Annual administration report of the Civil Veterinary Department of India - 1895-1896
Year: 1895
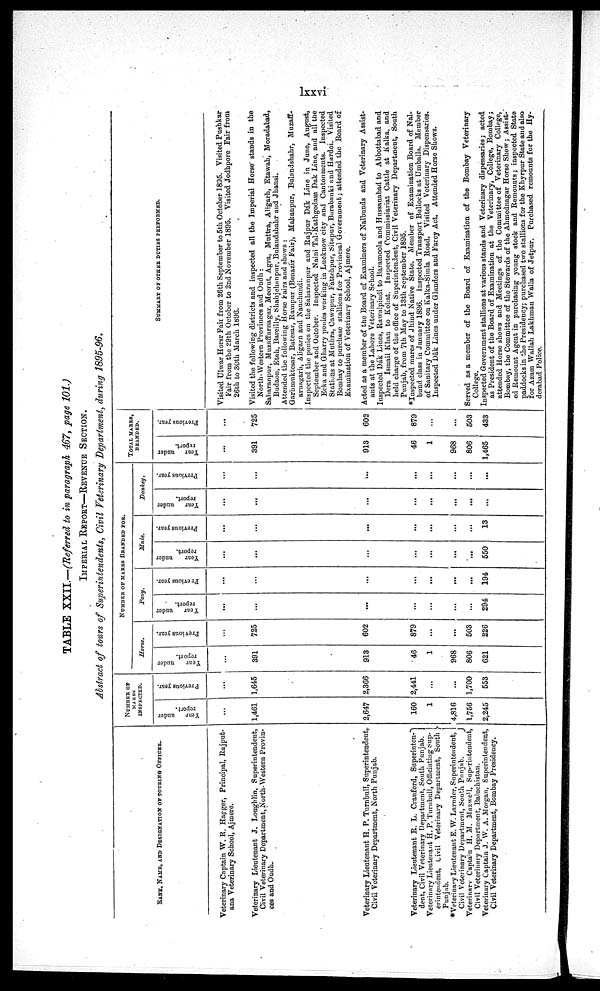
lxxvi
TABLE XXII.—(Referred to in paragraph 467, page 101.)
IMPERIAL REPORT—REVENUE SECTION.
Abstract of tours of Superintendents, Civil Veterinary Department, during 1895-96.
RANK, NAME, AND DESIGNATION OF TURING OFFICER.
Veterinary Captain W. R. Hagger, Principal, Rajput-
ana Veterinary School, Ajmere.
Veterinary Lieutenant J. Loughlin, Superintendent,
Civil Veterinary Department, North-Western Provin-
ces and Oudh.
Veterinary Lieutenant H. P. Turnbull, Superintendent,
Civil Voterinary Department, North Punjab.
Veterinary Lieutenant R. L. Cranford, Superintend-
dent, Civil Veterinary Department, South Punjab.
Veterinary Lieutenant H. P. Turnbull, Officiating Sup-
erintendent, Civil Veterinary Department, South
Panjab.
*Veterinary Lieutenant E. W. Larnder, Superintendent,
Civil Veterinary Department, South
Punjab.
Veterinary Captain H. M. Maxwell, Superintendent,
Civil Veterinary Department, Baluchistan.
Veterinary Captain J. W. A. Morgan, Superintendent,
Civil Veterinary Department, Bombay Presidency.
NUMBER OF
MARES
INSPECTED.
Year
under
report.
...
1,461
2,647
160
1
4,816
1,756
2,245
Previous year.
...
1,645
2,366
2,441
...
...
1,700
553
NUMBER OF MARES BRANDED FOR
Horse.
Year
under
report.
...
391
913
46
1
968
806
621
Previous year.
...
725
602
879
...
...
503
226
Pony.
Year
under
report.
...
...
...
...
...
...
...
294
Previous year.
...
...
...
...
...
...
...
194
Mule.
Year
under
report.
...
...
...
...
...
...
...
550
Previous year.
...
...
...
...
...
...
...
13
Donkey.
Year
under
report.
...
...
...
...
...
...
...
Previous year.
...
...
...
...
...
...
...
TOTAL MARES,
BRANDED.
Year under
report.
...
391
913
46
1
968
806
1,465
Previous year.
...
725
602
879
503
433
SUMMARY OF OTHER DCTIKS PERPORMED.
Visited Ulwar Horsr Fair from 26th September to 5th October 1895. Visited Pusbkar
Fair from the 29th October to 2nd November 1895. Visited Jodhpore Fair from
26th to 30th March 1896.
Visited the following districts and inspected all the Imperial Horse stands in the
North-Western Provinces and Oudh:
Saharanpur, Muzaffarnagar, Mecrut, Agra, Muttra, Aligarh, Etawah, Moradabad,
Budaon, Etah, Bareilly, Shahjehanpur, Bulandshahr and Jbansi.
Attended the following Horse Fairs and shows:
Garhmuktesar, Batesar, Rampur (Benazir Fair), Makanpur, Bulandshahr, Muzaff-
arnagarb, Aligarn and Nauchundi.
Inspected the ponies on the Saharanpur and Rajpur Dak Line in June, August,
September and October. Inspected Naini Tul-Kathgodam Dak Line, and all the
Ecka and Gharry ponies working in Lucknow city and Cantonments. Inspected
Stations at Muthra, Cawnpur, Fattehpur, Sitapur, Burabanki and Hardoi. Visited
Bombay to purchase stallions for Provincial Government; attended the Board of
Examination of Veterinary School, Ajmere.
Acted as a member of the Board of Examiners of Nalbunds and Veterinary Assist-
ants at the Lahore Veterinary School.
Inspected Dak Lines, Rawalpindi to Baramoola and Hussanabad to Abbottabad and
Dera Ismail Khan to Kohat. Inspected Commissiariat Cattle at Kalka, and
held charge of the office of Superintendent, Civil Veterinary Department, South
Punjab, from 7th May to 13th September 1895.
*Inspected mares of Jhind Native State. Member of Examination Board of Nal-
bund class in January 1896. Inspected Transport Bullocks at Umballa. Member
of Sanitary Committee on Kalka-Simla Road. Visited Veterinary Dispensaries.
Inspected Dâk Lines under Glanders and Farcy Act. Attended Horse Shows.
Served as a member of the Board of Examination of the Bombay Veterinary
College.
Inspected Government stallions at various stands and Veterinary dispensaries; acted
as President of the Board of Examination at the Veterinary, College, Bombay;
attended Horse shows and Meetings of the Committee of Veterinary College,
Bombay, the Committee of the Stewards of the Ahmednagar Horse Show; Assist-
ed Remount Agent in purchasing young stock and Remounts; inspected State
paddocks in the Presidency; purchased two stallions for the Khyrpur State and also
for Azam Wallah Lakhman Walla of Jetpur. Purchased remounts for the Hy-
derabad Police.